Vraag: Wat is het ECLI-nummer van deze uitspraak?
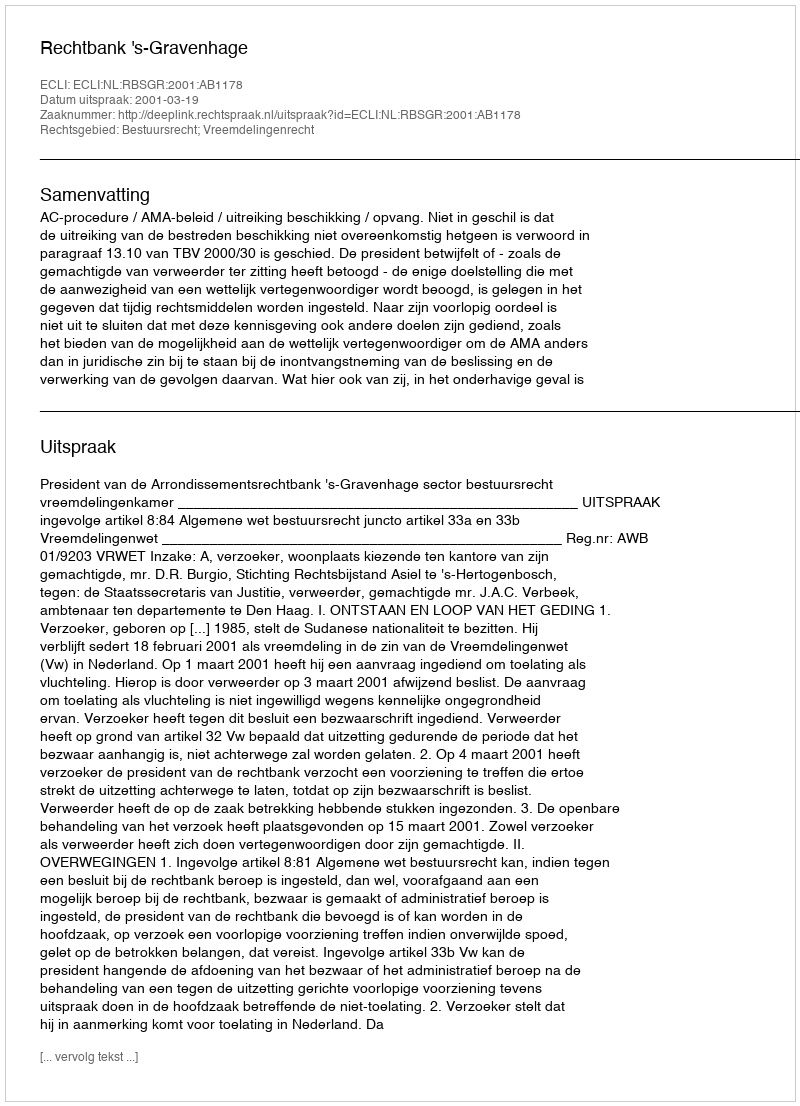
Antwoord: ECLI:NL:RBSGR:2001:AB1178